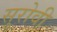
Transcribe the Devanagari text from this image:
सुरोवी